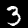
Label: 3